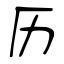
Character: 历